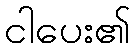
ငါပေး၏